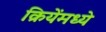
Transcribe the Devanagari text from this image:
क्रियेंमध्ये